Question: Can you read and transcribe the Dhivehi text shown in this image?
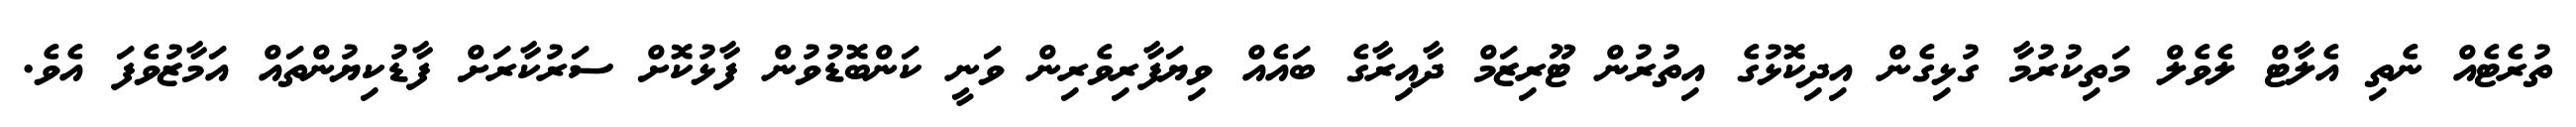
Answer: ތުރެޓެއް ނެތި އެލާޓް ލެވެލް މަތިކުރުމާ ގުޅިގެން އިދިކޮޅުގެ އިތުރުން ޓޫރިޒަމް ދާއިރާގެ ބައެއް ވިޔަފާރިވެރިން ވަނީ ކަންބޮޑުވުން ފާޅުކޮށް ސަރުކާރަށް ފާޑުކިޔުންތައް އަމާޒުވެފަ އެވެ.